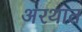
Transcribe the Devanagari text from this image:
अरथात